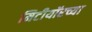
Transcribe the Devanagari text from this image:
मिटीयॉरच्या